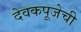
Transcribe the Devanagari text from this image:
देवकपूजेची